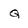
Character: Q